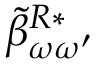
\: \tilde { \beta } _ { \omega \omega ^ { \prime } } ^ { R * } \: